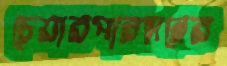
চেয়ারপারসনের